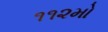
૧૧૨મો